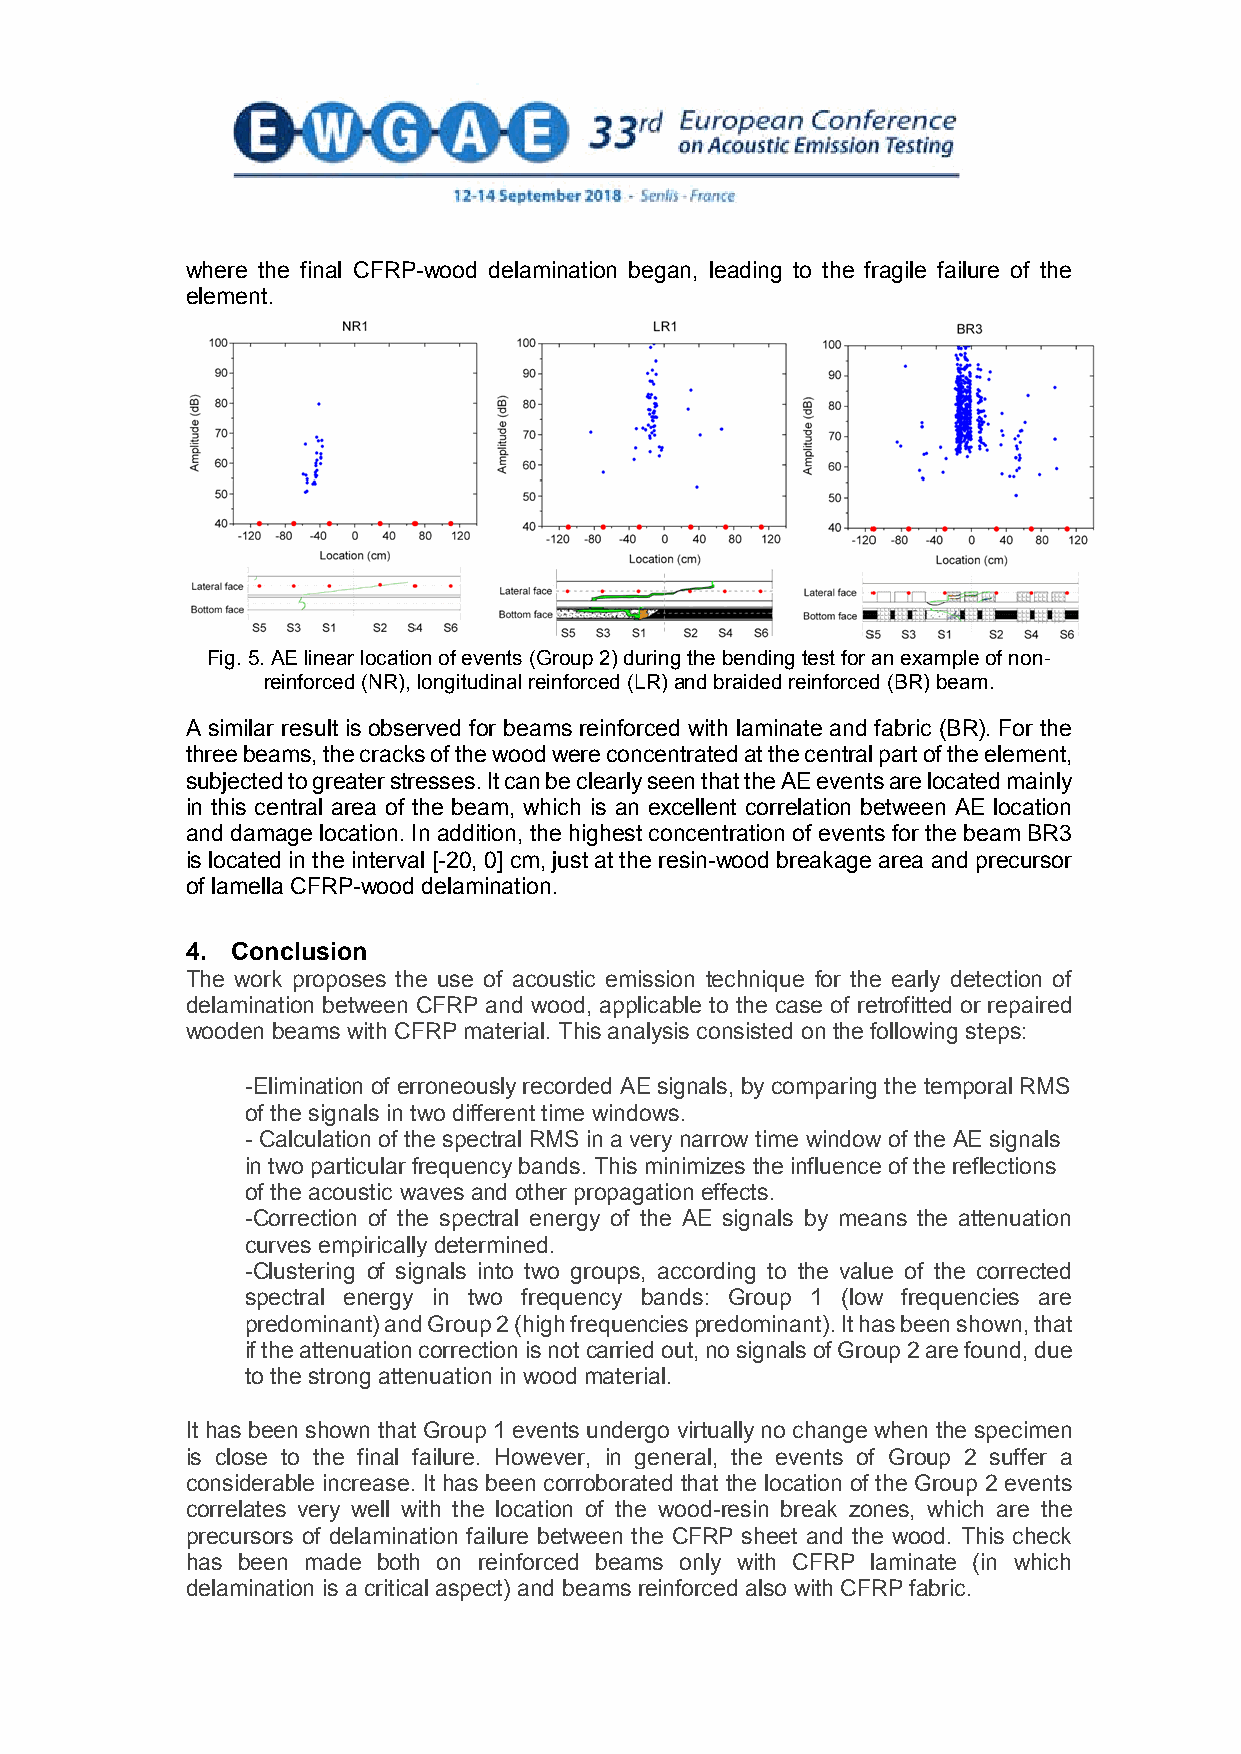
where the final CFRP-wood delamination began, leading to the fragile failure of the
 element.
 Fig. 5.AE linear location of events (Group 2) during the bending test for an example of non-
 reinforced (NR), longitudinal reinforced (LR) and braided reinforced (BR) beam.
 A similar result is observed for beams reinforced with laminate and fabric (BR). For the
 three beams, the cracks of the wood were concentrated at the central part of the element,
 subjected to greater stresses. It can be clearly seen that the AE events are located mainly
 in this central area of the beam, which is an excellent correlation between AE location
 and damage location. In addition, the highest concentration of events for the beam BR3
 is located in the interval [-20, 0] cm, just at the resin-wood breakage area and precursor
 of lamella CFRP-wood delamination.
 4. Conclusion
 The work proposes the use of acoustic emission technique for the early detection of
 delamination between CFRP and wood, applicable to the case of retrofitted or repaired
 wooden beams with CFRP material. This analysis consisted onthe following steps:
 -Elimination of erroneously recorded AE signals, by comparing the temporal RMS
 of the signals in two different time windows.
 - Calculation of the spectral RMS in a very narrow time window of the AE signals
 in two particularfrequency bands. This minimizes the influence of the reflections
 of the acoustic waves and other propagation effects.
 -Correction of the spectral energy of the AE signals by means the attenuation
 curves empirically determined.
 -Clustering of signals into two groups, according to the value of the corrected
 spectral energy in two frequency bands: Group 1 (low frequencies are
 predominant) and Group 2 (high frequencies predominant). It has been shown,that
 if the attenuation correction is not carried out,no signals of Group 2 are found, due
 to the strong attenuation in wood material.
 It has been shown that Group 1 events undergo virtually no change when the specimen
 is close to the final failure. However, in general, the events of Group 2 suffer a
 considerable increase. It has been corroborated that the location of the Group 2 events
 correlates very well with the location of the wood-resin break zones, which are the
 precursors of delamination failure between the CFRP sheet and the wood. This check
 has been made both on reinforced beams only with CFRP laminate (in which
 delamination is a critical aspect) and beams reinforced also with CFRP fabric.
 6